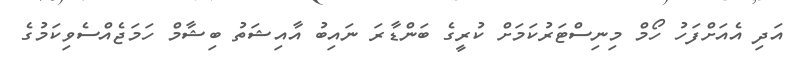
އަދި އެއަށްފަހު ހޯމް މިނިސްޓަރުކަމަށް ކުރީގެ ބަންޑާރަ ނައިބު އާއިޝަތު ބިޝާމް ހަމަޖެއްސެވިކަމުގެ